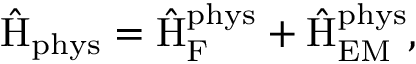
\hat { \mathrm { H } } _ { \mathrm { p h y s } } = \hat { \mathrm { H } } _ { \mathrm { F } } ^ { \mathrm { p h y s } } + \hat { \mathrm { H } } _ { \mathrm { E M } } ^ { \mathrm { p h y s } } ,